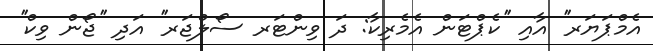
އެމްޕަޔަރ'' އާއި ''ކެޕްޓަން އެމެރިކާ: ދަ ވިންޓަރ ސޯލްޖަރ'' އަދި ''ޖޯން ވިކް''